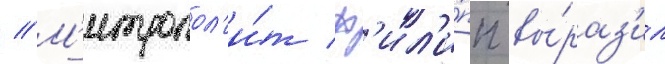
// М'итропол'и́т ф'ил'и́пп вы́раз'ил